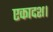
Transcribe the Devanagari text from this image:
एकादश।